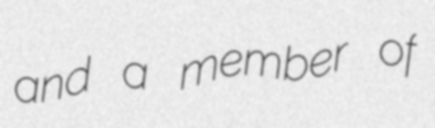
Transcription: and a member of